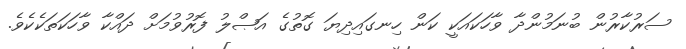
ސަރުކާރުން ބުނަމުންދާ ވާހަކައަކީ ކަން ހިނގައިދިޔަ ގޮތުގެ އަޞްލު ފޮރުވުމަށް ދައްކާ ވާހަކަތަކެކެވެ.